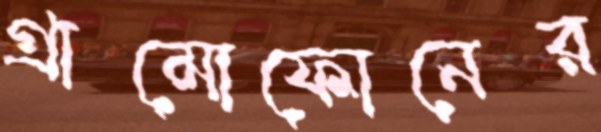
গ্রামোফোনের